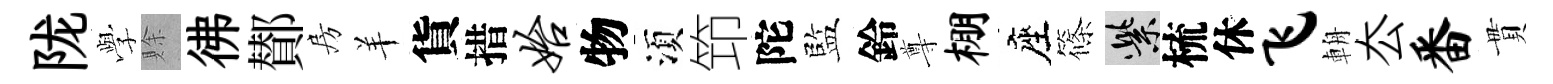
陇𫝯賖彿鄼房羊貨措始物湏笻陀監鈴尊棚座篠紫梳休飞輈厺番貫